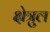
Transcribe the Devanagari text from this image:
क्षेत्रुल